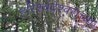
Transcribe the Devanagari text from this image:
हरिश्चंद्रेश्वराच्या